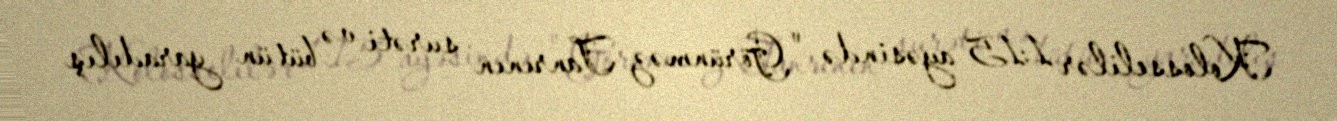
Kolosselilər 1:15 ayəsində " Görünməz Tanrının surəti və bütün yaradılış